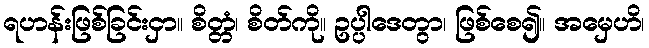
ရဟန်းဖြစ်ခြင်းငှာ။ စိတ္တံ၊ စိတ်ကို။ ဥပ္ပါဒေတွာ၊ ဖြစ်စေ၍။ အမှေဟိ၊